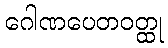
ဂေါဏပေတဝတ္ထု